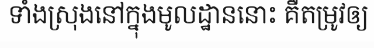
ទាំងស្រុងនៅក្នុងមូលដ្ឋាននោះ គឺតម្រូវឲ្យ